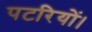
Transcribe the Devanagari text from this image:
पटरियों।